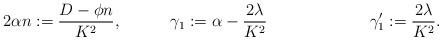
LaTeX: \begin{align*} 2 \alpha n & := \frac{ D - \phi n }{K^2}, & \gamma_1 & : = \alpha - \frac{2\lambda}{K^2}& && \gamma'_1 & : = \frac{2\lambda }{K^2}.\end{align*}